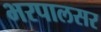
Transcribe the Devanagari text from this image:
भरपालसर